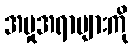
အမှုအရာများကို